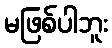
မဖြစ်ပါဘူး